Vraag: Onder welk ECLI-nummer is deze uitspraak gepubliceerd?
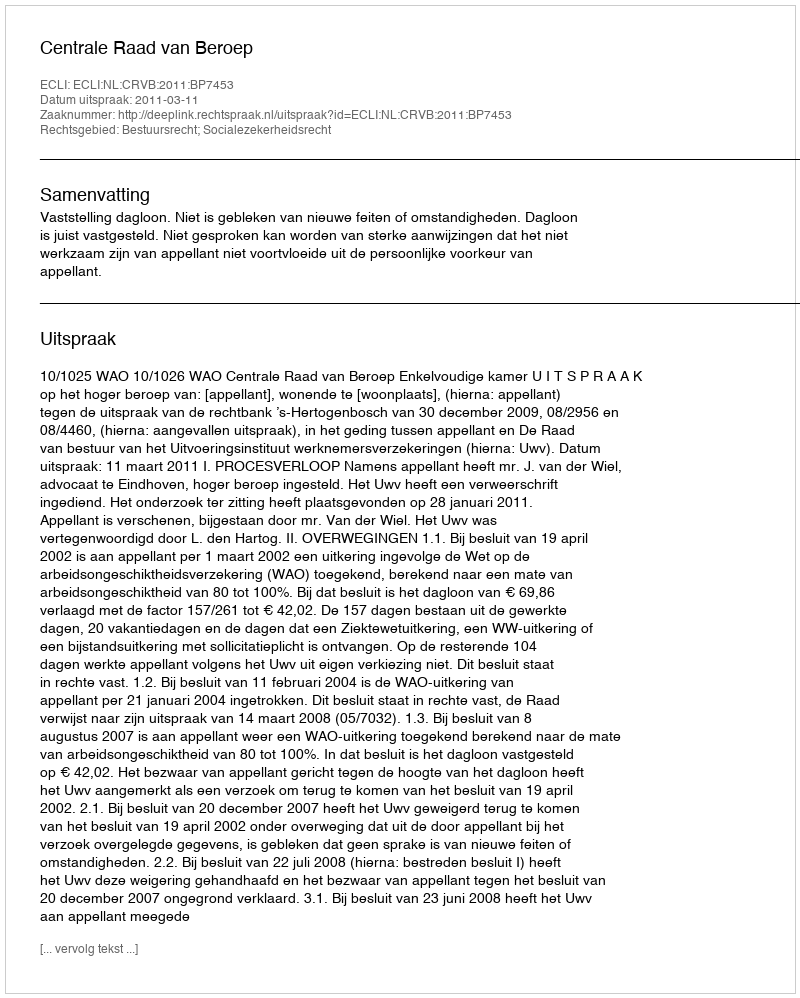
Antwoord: ECLI:NL:CRVB:2011:BP7453